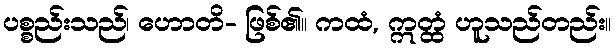
ပစ္စည်းသည်၊ ဟောတိ- ဖြစ်၏။ ကထံ, ဣတ္ထံ ဟူသည်တည်း။